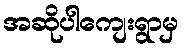
အဆိုပါကျေးရွာမှ